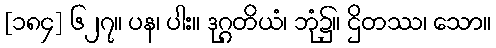
[၁၈၄] ၆၂၇။ ပန၊ ပါး။ ဒုဂ္ဂတိယံ၊ ဘုံ၌။ ဌိတဿ၊ သော။